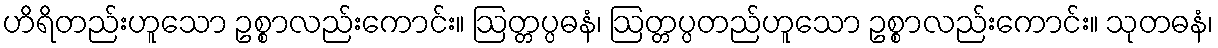
ဟိရိတည်းဟူသော ဥစ္စာလည်းကောင်း။ ဩတ္တပ္ပဓနံ၊ ဩတ္တပ္ပတည်ဟူသော ဥစ္စာလည်းကောင်း။ သုတဓနံ၊